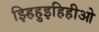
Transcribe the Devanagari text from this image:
झ्हिहुइहिहीओ